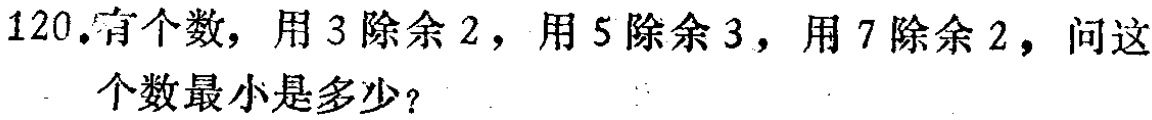
120. 有个数，用 3 除余 2，用 5 除余 3，用 7 除余 2，问这个数最小是多少？